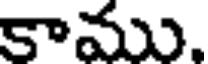
కాము,